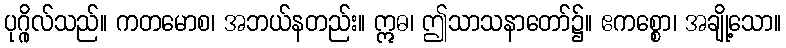
ပုဂ္ဂိုလ်သည်။ ကတမောစ၊ အဘယ်နတည်း။ ဣဓ၊ ဤသာသနာတော်၌။ ဧကစ္စော၊ အချို့သော။